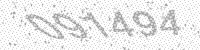
Solution: 091494